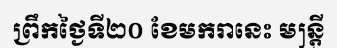
ព្រឹកថ្ងៃទី២០ ខែមករានេះ មន្ត្រី